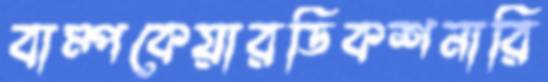
বাম্পকেয়ারডিকশনারি